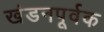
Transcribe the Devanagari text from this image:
खंडनपूर्वक